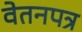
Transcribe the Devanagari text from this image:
वेतनपत्र